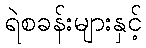
ရဲစခန်းများနှင့်